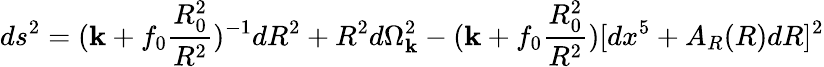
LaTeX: ds^{2}=(\mathbf{k}+f_{0}\frac{{R_{0}^{2}}}{{R^{2}}})^{-1}dR^{2}+R^{2}d\Omega_{\mathbf{k}}^{2}-(\mathbf{k}+f_{0}\frac{{R_{0}^{2}}}{{R^{2}}})[dx^{5}+A_{R}(R)dR]^{2}